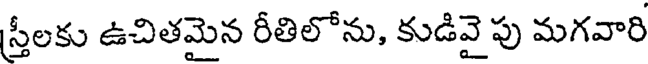
స్త్రీలకు ఉచితమైన రీతిలోను, కుడివై పు మగవారి